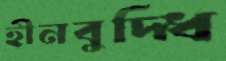
হীনবুদ্ধি